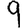
Digit: 9